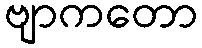
ဗျာကတော